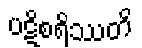
ပဋိစရိဿတိ